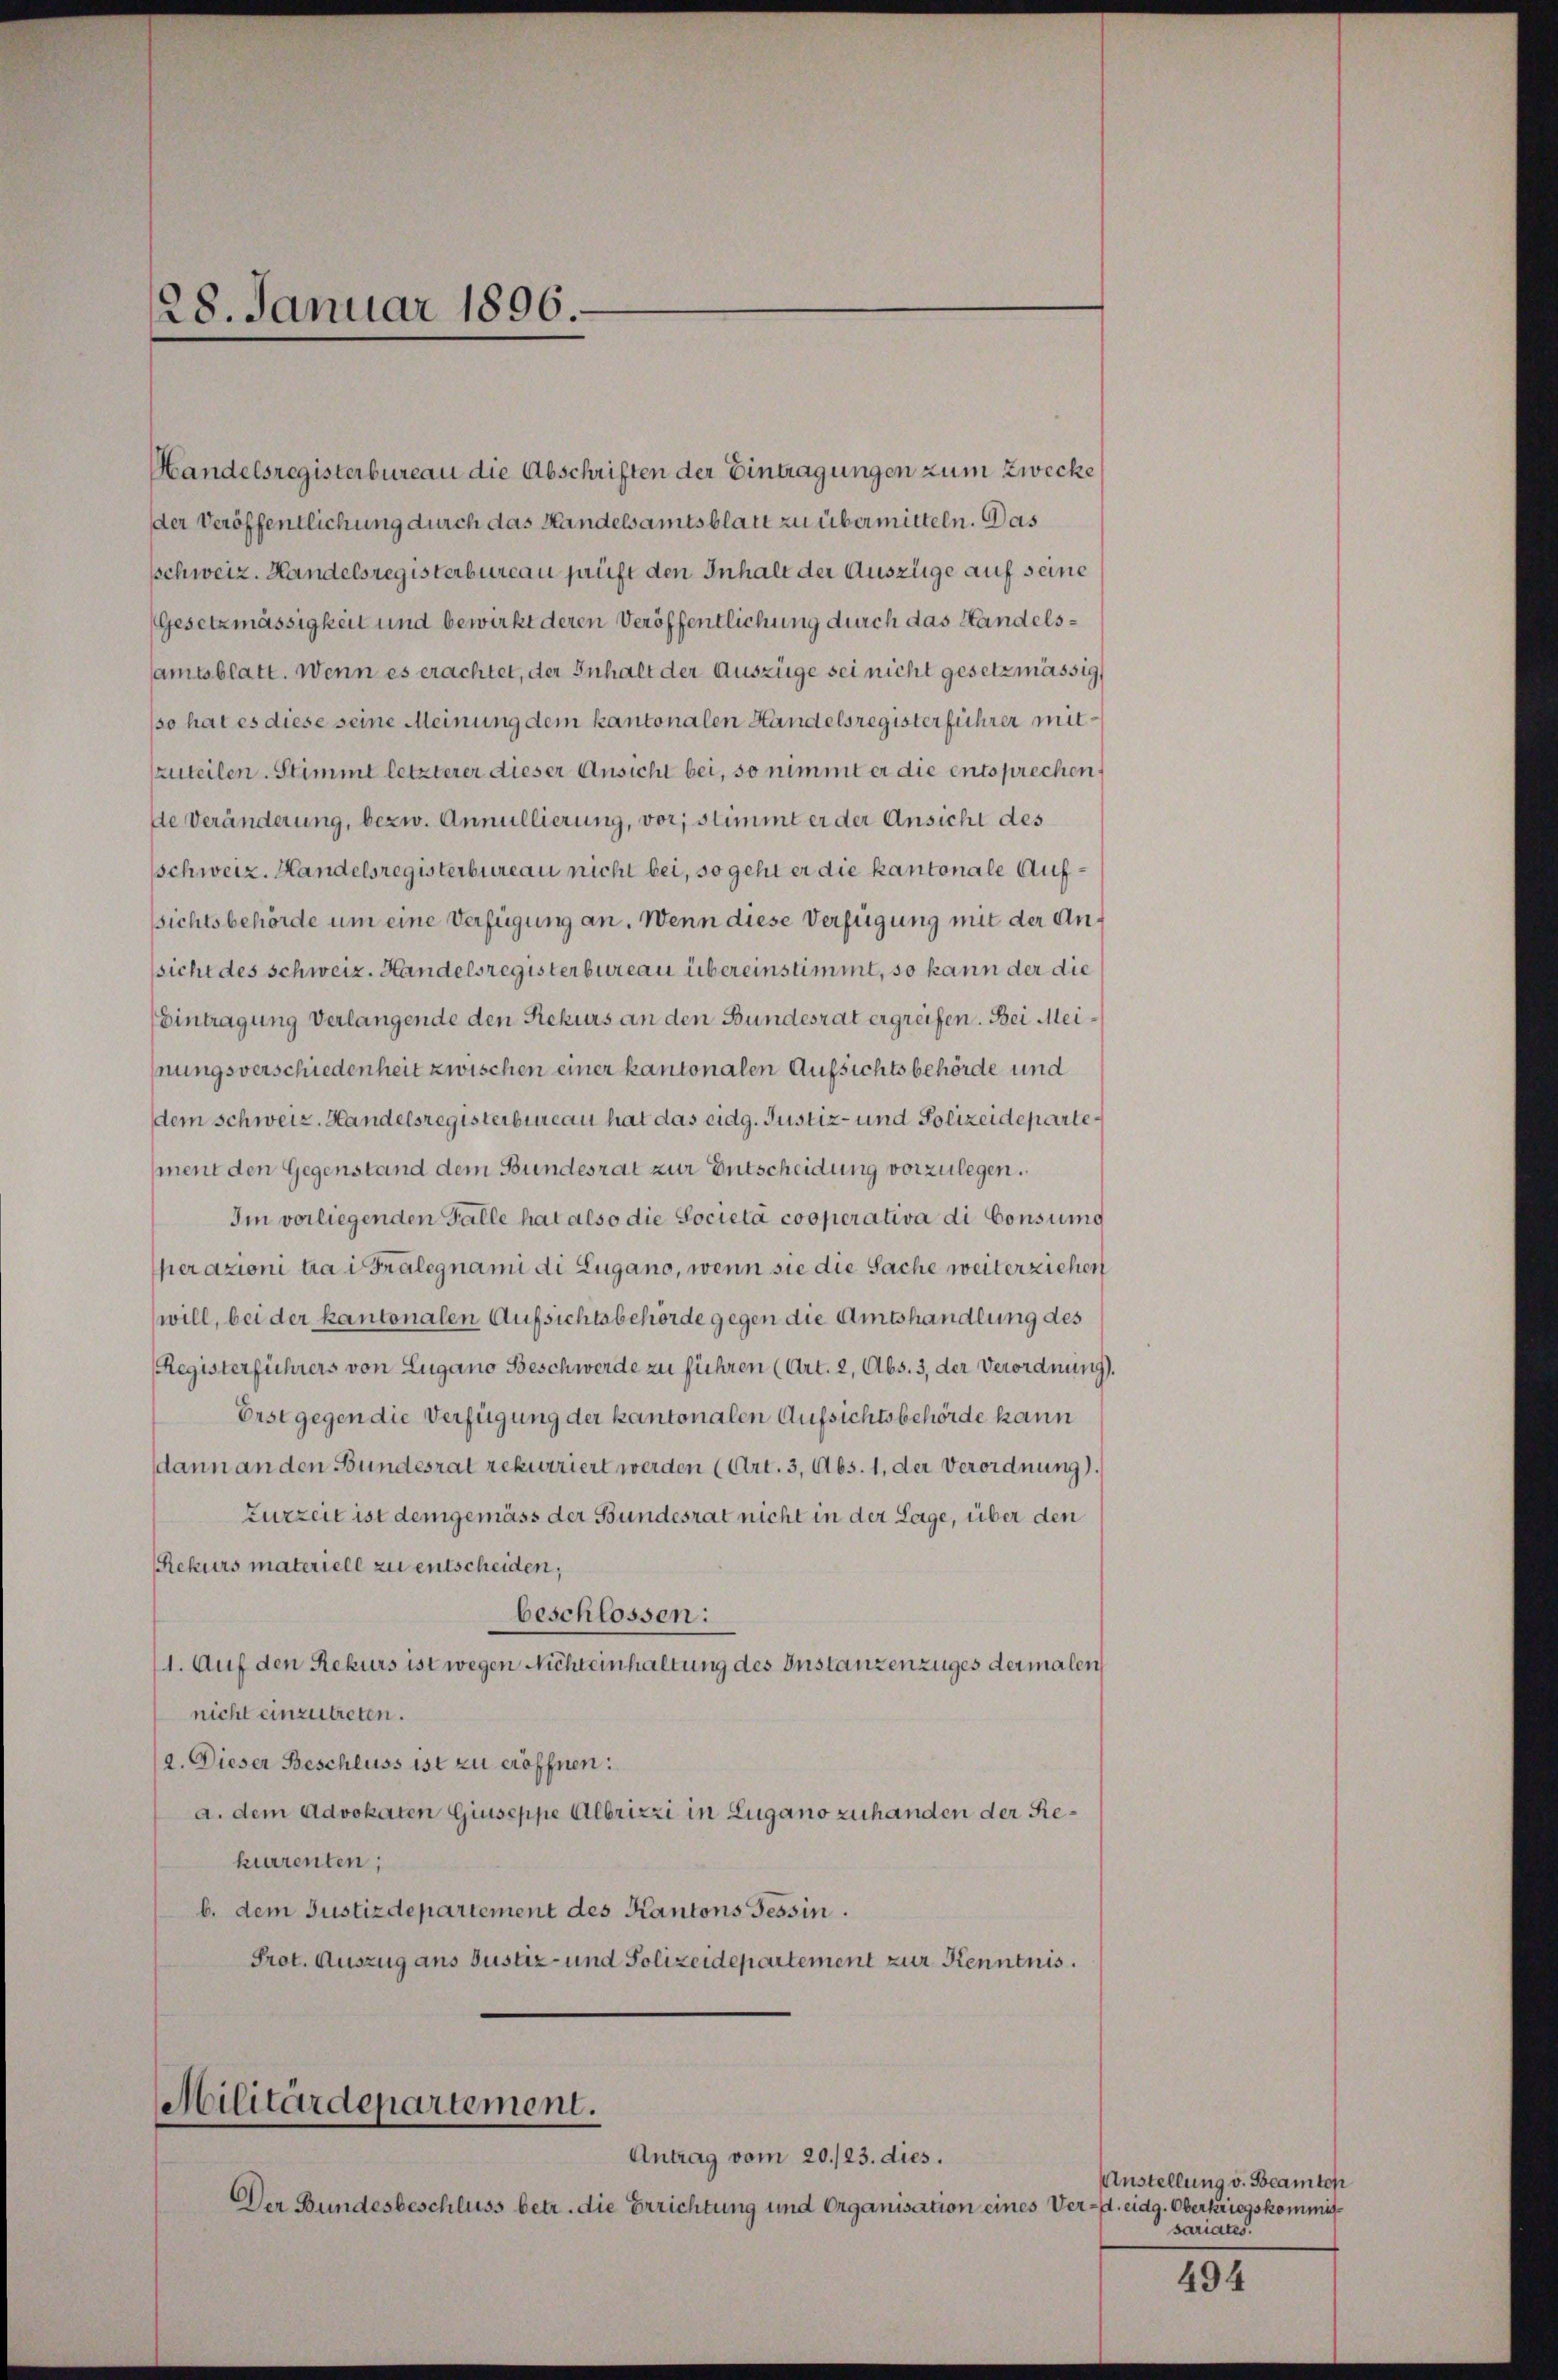
28. Januar 1896.

Handelsregisterbureau die Abschriften der Eintragungen zum Zwecke
der Veröffentlichung durch das Handelsamtsblatt zu übermitteln. Das
schweiz. Handelsregisterbureau prüft den Inhalt der Auszüge auf seine
Gesetzmässigkeit und bewirkt deren Veröffentlichung durch das Handelsamtsblatt. Wenn es erachtet, der Inhalt der Auszüge sei nicht gesetzmässig,
so hat es diese seine Meinung dem kantonalen Handelsregister führer mitzuteilen. Stimmt letzterer dieser Ansicht bei, so nimmt er die entsprechen,
de Veränderung, bezw. Annullierung, vor; stimmt er der Ansicht des
Schweiz. Handelsregisterbureau nicht bei, so geht er die kantonale Aufsichtsbehörde um eine Verfügung an. Wenn diese Verfügung mit der Anssicht des schweiz. Handelsregisterbureau übereinstimmt, so kann der die
Eintragung verlangende den Rekurs an den Bundesrat ergreifen. Bei Meinungsverschiedenheit zwischen einer kantonalen Aufsichtsbehörde und
dem Schweiz. Handelsregisterbureau hat das eidg. Justiz- und Polizeideparte
ment den Gegenstand dem Bundesrat zur Entscheidung vorzulegen.
Im vorliegenden Falle hat also die Societa cooperativa di Consung
perazioni tra i Fralegnami di Lugano, wenn sie die Sache weiterziehen
will, bei der kantonalen Aufsichtsbehörde gegen die Amtshandlung des
Registerführers von Lugano Beschwerde zu führen (Art. 2, Abs. 3, der Verordnung
Erst gegen die Verfügung der kantonalen Aufsichtsbehörde kann
dann an den Bundesrat rekurriert werden (Art. 3, Abs. 1, der Verordnung.
Zurzen ist demgemäss der Bundesrat nicht in der Lage, über den
Rekurs materiell zu entscheiden,
beschlossen:
11. Auf den Rekurs ist wegen Nichteinhaltung des Instanzenzuges dermalen
nicht einzutreten.
2. Dieser Beschluss ist zu eröffnen:
a. dem Advokaten Giuseppe Albrizzi in Lugano zuhanden der Rekurrenten;
b. dem Justizdepartement des Kantons Tessin.
Prot. Auszug aus Justiz- und Polizeidepartement zur Kenntnis.

Militärdepartement.

Antrag vom 20./23. dies.
Der Bundesbeschluss betr. die Errichtung und Organisation eines V

Anstellung v. Beamten
er-d. eidg. Oberkriegskommissariates.

494